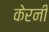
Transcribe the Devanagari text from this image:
केरनी